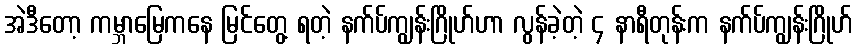
အဲဒီတော့ ကမ္ဘာမြေကနေ မြင်တွေ့ ရတဲ့ နက်ပ်ကျွန်းဂြိုဟ်ဟာ လွန်ခဲ့တဲ့ ၄ နာရီတုန်းက နက်ပ်ကျွန်းဂြိုဟ်